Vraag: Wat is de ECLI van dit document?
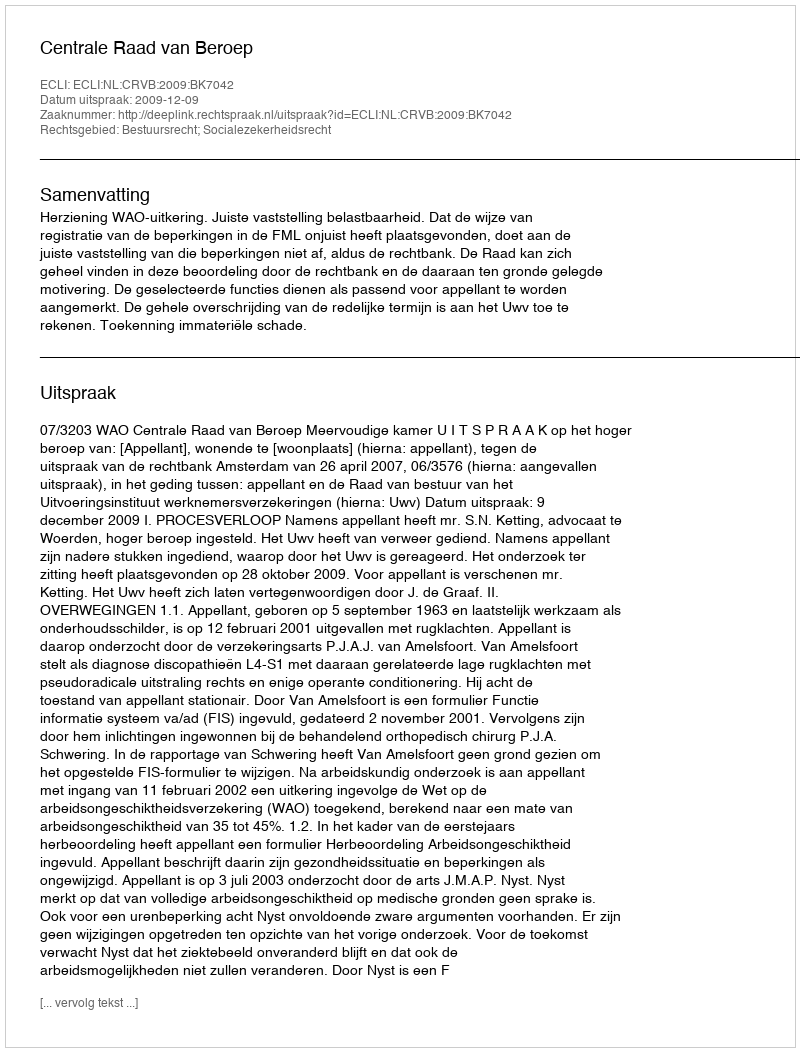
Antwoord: ECLI:NL:CRVB:2009:BK7042